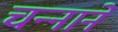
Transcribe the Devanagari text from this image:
चन्‍नाने